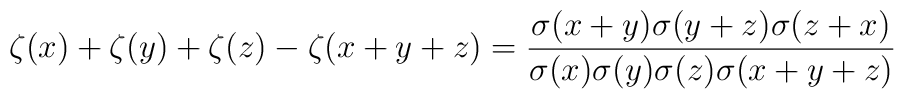
\zeta(x)+\zeta(y)+\zeta(z)-\zeta(x+y+z)={\sigma(x+y)\sigma(y+z)\sigma(z+x)\over\sigma(x)\sigma(y)\sigma(z)\sigma(x+y+z)}